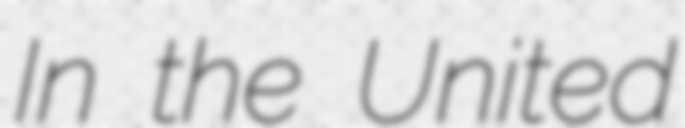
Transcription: In the United